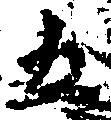
五